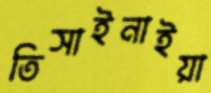
তিসাইনাইয়া